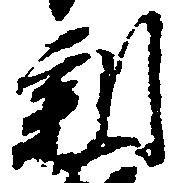
新